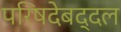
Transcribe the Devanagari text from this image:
परिषदेबद्दल